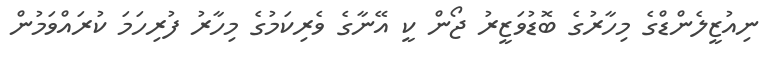
ނިއުޒީލެންޑްގެ މިހާރުގެ ބޮޑުވަޒީރު ޖޯން ކީ އޭނާގެ ވެރިކަމުގެ މިހާރު ފުރިހަމަ ކުރައްވަމުން